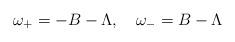
LaTeX: \begin{align*}\omega_+=-B-\Lambda,\quad\omega_-=B-\Lambda\end{align*}